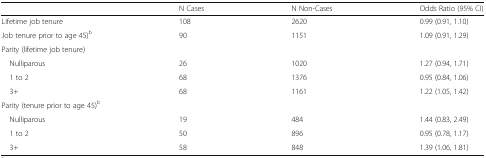
|  | N Cases | N Non-Cases | Odds Ratio (95% CI) |
 | --- | --- | --- | --- |
 | Lifetime job tenure | 108 | 2620 | 0.99 (0.91, 1.10) |
 | Job tenure prior to age 45)b | 90 | 1151 | 1.09 (0.91, 1.29) |
 | <COLSPAN=4> Parity (lifetime job tenure) |
 | Nulliparous | 26 | 1020 | 1.27 (0.94, 1.71) |
 | 1 to 2 | 68 | 1376 | 0.95 (0.84, 1.06) |
 | 3+ | 68 | 1161 | 1.22 (1.05, 1.42) |
 | <COLSPAN=4> Parity (tenure prior to age 45)b |
 | Nulliparous | 19 | 484 | 1.44 (0.83, 2.49) |
 | 1 to 2 | 50 | 896 | 0.95 (0.78, 1.17) |
 | 3+ | 58 | 848 | 1.39 (1.06, 1.81) |